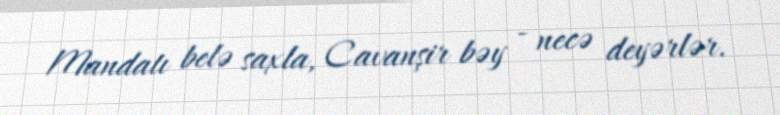
Mandatı belə saxla, Cavanşir bəy - necə deyərlər.